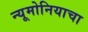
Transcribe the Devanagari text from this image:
न्यूमोनियाचा